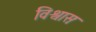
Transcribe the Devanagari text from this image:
विश्वासः